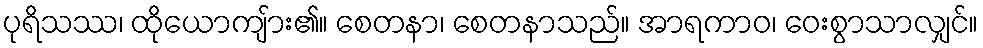
ပုရိသဿ၊ ထိုယောကျ်ား၏။ စေတနာ၊ စေတနာသည်။ အာရကာဝ၊ ဝေးစွာသာလျှင်။